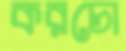
করচো